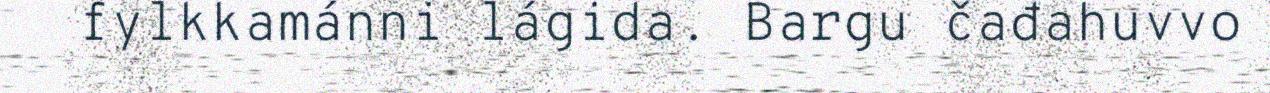
fylkkamánni lágida. Bargu čađahuvvo